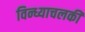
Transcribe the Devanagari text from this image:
विन्ध्याचलकी